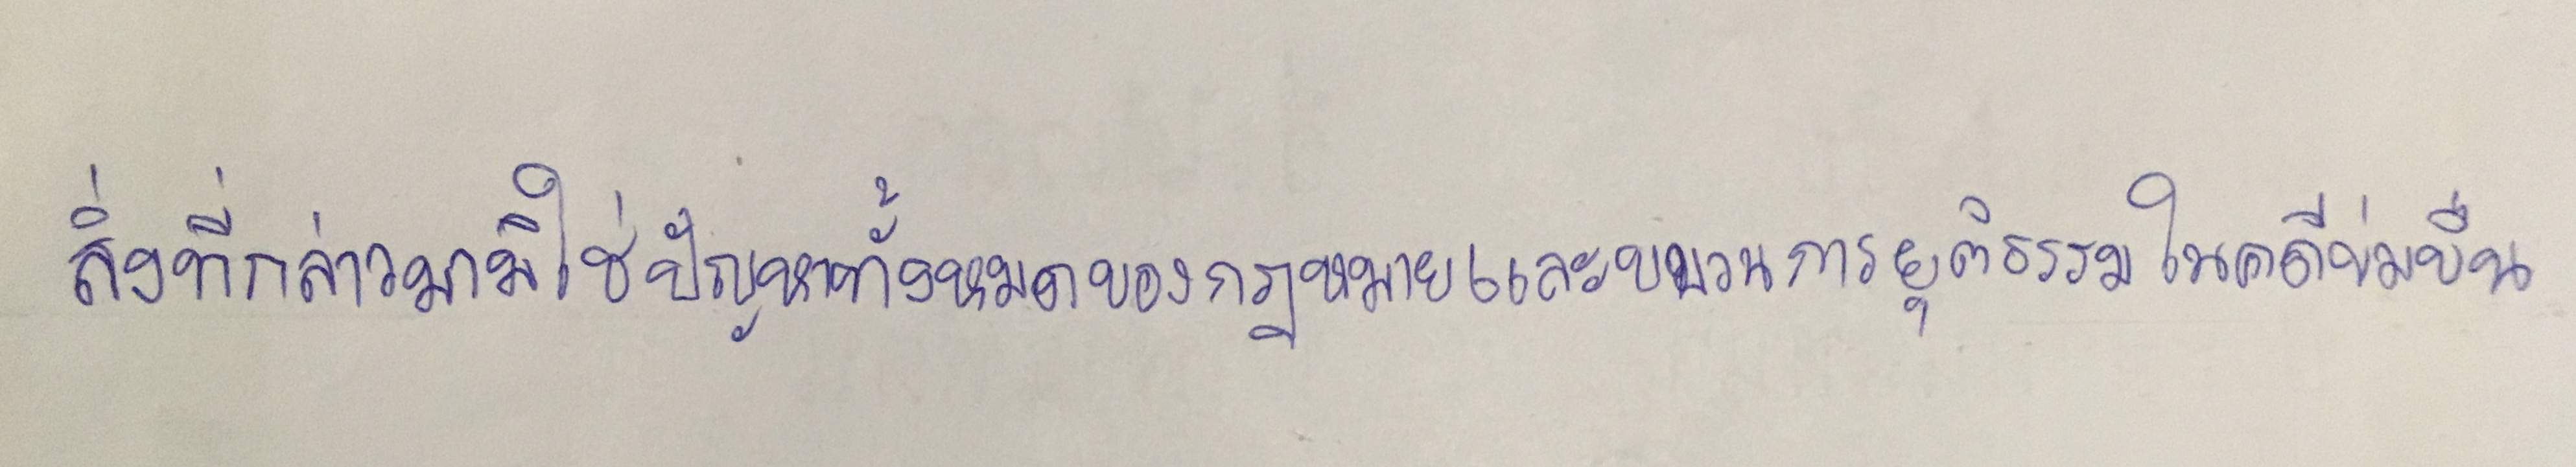
สิ่งที่ได้กล่าวมามิใช่ปัญหาทั้งหมดของกฎหมายและกระบวนการยุติธรรมในคดีข่มขืน